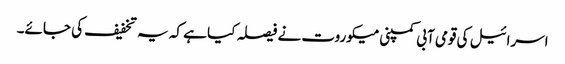
اسرائیل کی قومی آبی کمپنی میکوروت نے فیصلہ کیا ہے کہ یہ تخفیف کی جائے۔